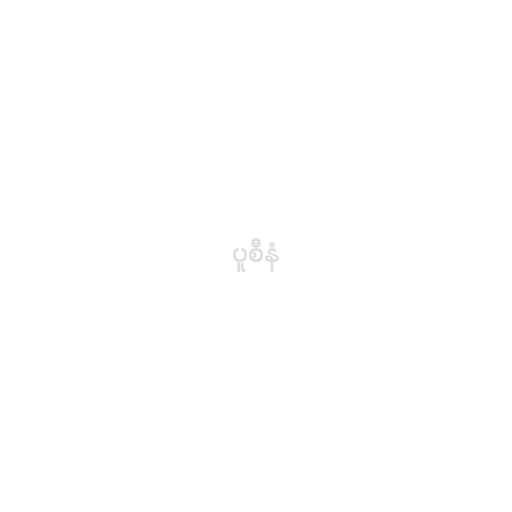
ပူစီနံ